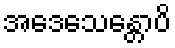
အဒေသေန္တောပိ